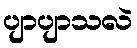
ပျာပျာသလဲ